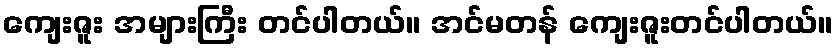
ကျေးဇူး အများကြီး တင်ပါတယ်။ အင်မတန် ကျေးဇူးတင်ပါတယ်။